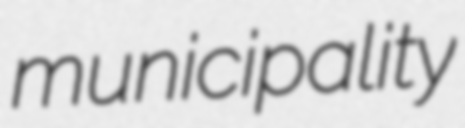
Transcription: municipality